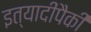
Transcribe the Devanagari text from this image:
इत्यादींपैकी